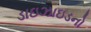
ડાઇઝાઇડનો